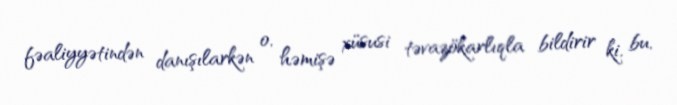
fəaliyyətindən danışılarkən o, həmişə xüsusi təvazökarlıqla bildirir ki, bu,